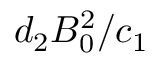
d _ { 2 } B _ { 0 } ^ { 2 } / c _ { 1 }